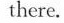
there.